Indian journal of veterinary science and animal husbandry - Volume 4,
Year: 1934
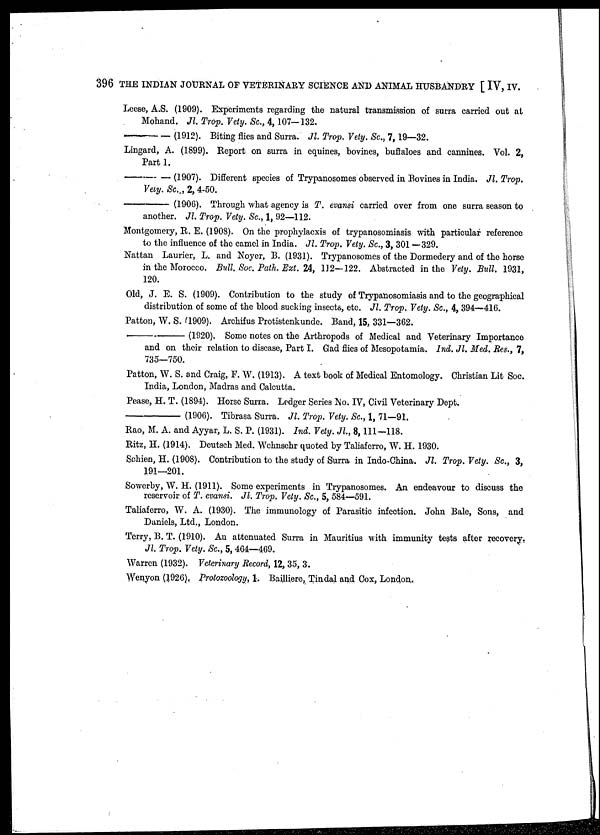
396 THE INDIAN JOURNAL OF VETERINARY SCIENCE AND ANIMAL HUSBANDRY [ IV, IV.
Leese, A.S. (1909). Experiments regarding the natural transmission of surra carried out at
Mohand. Jl. Trop. Vety. Sc., 4,107-132.
—(1912).
Biting flies and Surra. Jl. Trop. Vety. Sc., 7,19—32.
Lingard, A. (1899). Report on surra in equines, bovines, buffaloes and cannines. Vol. 2,
Part 1.
—(1907).
Different species of Trypanosomes observed in Bovines in India. Jl. Trop.
Vety. Sc., 2, 4-50.
—
(1906). Through what agency is T. evansi carried over from one surra season to
another. Jl. Trop. Vety. Sc., 1, 92—112.
Montgomery, R. E. (1908). On the prophylacxis of trypanosomiasis with particular reference
to the influence of the camel in India. Jl. Trop. Vety. Sc., 3, 301 —329.
Nattan Laurier, L. and Noyer, B. (1931). Trypanosomes of the Dormedery and of the horse
in the Morocco. Bull. Soc. Path. Ext. 24, 112—122. Abstracted in the Vety. Bull. 1931,
120.
Old, J. E. S. (1909). Contribution to the study of Trypanosomiasis and to the geographical
distribution of some of the blood sucking insects, etc. Jl. Trop. Vety. Sc., 4, 394—416.
Patton, W. S. (1909). Archifus Protistenkunde. Band, 15, 331—362.
—
(1920). Some notes on the Arthropods of Medical and Veterinary Importance
and on their relation to disease, Part I. Gad flies of Mesopotamia. Ind. Jl. Med. Res., 7,
735—750.
Patton, W. S. and Craig, F. W. (1913). A text book of Medical Entomology. Christian Lit Soc.
India, London, Madras and Calcutta.
Pease, H. T. (1894). Horse Surra. Ledger Series No. IV, Civil Veterinary Dept.
—
(1906). Tibrasa Surra. Jl. Trop. Vety. Sc., 1, 71—91.
Rao, M. A. and Ayyar, L. S. P. (1931). Ind. Vety. Jl., 8,111-118.
Ritz, H. (1914). Deutsch Med. Wchnschr quoted by Taliaferro, W. H. 1930.
Schien, H. (1908). Contribution to the study of Surra in Indo-China. Jl. Trop. Vety. Sc., 3,
191—201.
Sowerby, W. H. (1911). Some experiments in Trypanosomes. An endeavour to discuss the
reservoir of T. evansi. Jl. Trop. Vety. Sc., 5, 584—591.
Taliaferro, W. A. (1930). The immunology of Parasitic infection. John Bale, Sons, and
Daniels, Ltd., London.
Terry, B. T. (1910). An attenuated Surra in Mauritius with immunity tests after recovery.
Jl. Trop. Vety. Sc., 5, 464—469.
Warren (1932). Veterinary Record, 12, 35, 3.
Wenyon (1926), Protozoology, 1. Bailliere, Tindal and Cox, London.